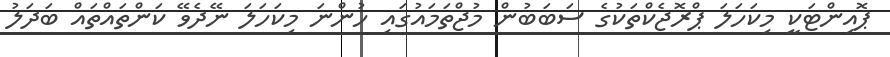
ޕޮއިންޓަކީ މިކަހަލަ ޕްރޮޖެކްތަކުގެ ސަބަބުން މުޖްތަމައުގައި ހުންނަ މިކަހަލަ ނޭދެވޭ ކަންތައްތައް ބަދަލު